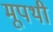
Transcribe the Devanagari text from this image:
मूपथी